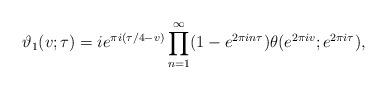
LaTeX: \begin{align*}\vartheta_1(v; \tau)=i e^{\pi i (\tau/4- v)} \prod_{n=1}^{\infty} (1-e^{2 \pi i n \tau})\theta(e^{2 \pi i v}; e^{2 \pi i \tau}),\end{align*}